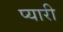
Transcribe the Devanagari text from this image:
प्‍यारी